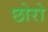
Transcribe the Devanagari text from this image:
छोरो